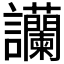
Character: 𧮧